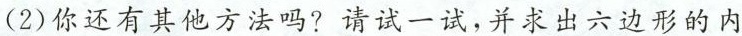
(2)你还有其他方法吗?请试一试，并求出六边形的内